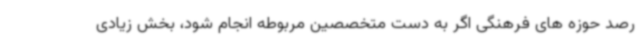
رصد حوزه های فرهنگی اگر به دست متخصصین مربوطه انجام شود، بخش زیادی